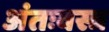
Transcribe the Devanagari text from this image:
अंतःवस्त्र